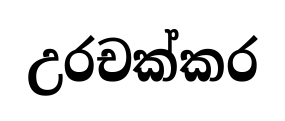
උරචක්කර